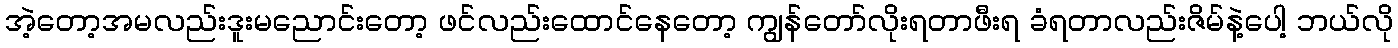
အဲ့တော့အမလည်းဒူးမညောင်းတော့ ဖင်လည်းထောင်နေတော့ ကျွန်တော်လိုးရတာဖီးရ ခံရတာလည်းဇိမ်နဲ့ပေါ့ ဘယ်လို